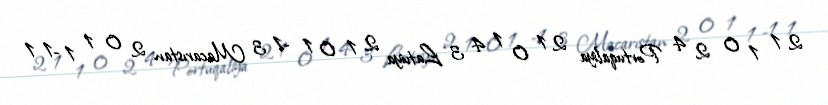
2 1 1 0 2 4 Portuqaliya 2 1 0 1 4 3 Latviya 2 1 0 1 -1 3 Macarıstan 2 0 1 1 -1 1